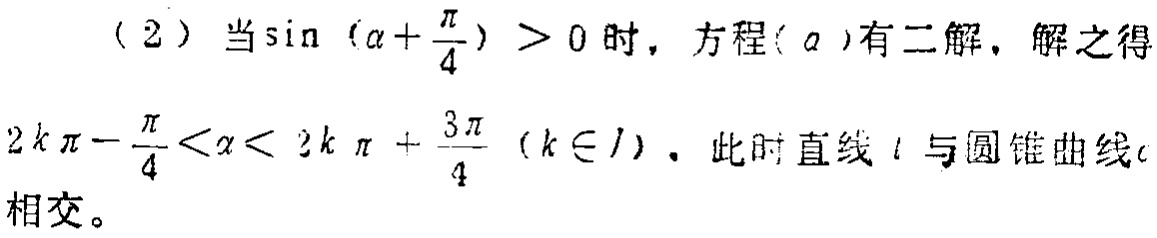
(2) 当\(\sin(\alpha + \frac{\pi}{4})>0\)时，方程(\(a\))有二解，解之得\(2k\pi - \frac{\pi}{4}<\alpha<2k\pi+\frac{3\pi}{4}(k\in I)\)。此时直线\(l\)与圆锥曲线\(c\)相交。